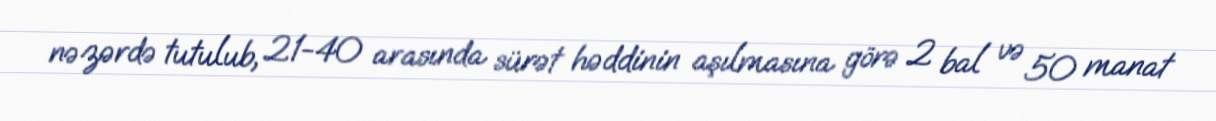
nəzərdə tutulub, 21-40 arasında sürət həddinin aşılmasına görə 2 bal və 50 manat